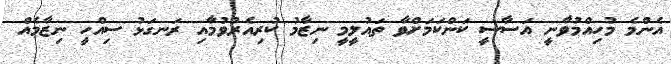
އެންމެ މުހިއްމުވާނީ އަސާސީ ކަންކަމަށްވާ ތައުލީމީ ނިޒާމު ކުރިއެރުވުމާއި ރަނގަޅު ސިއްހީ ނިޒާމެއް